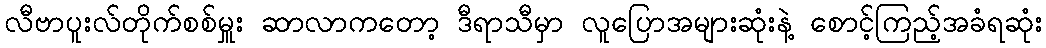
လီဗာပူးလ်တိုက်စစ်မှူး ဆာလာကတော့ ဒီရာသီမှာ လူပြောအများဆုံးနဲ့ စောင့်ကြည့်အခံရဆုံး